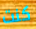
كنت